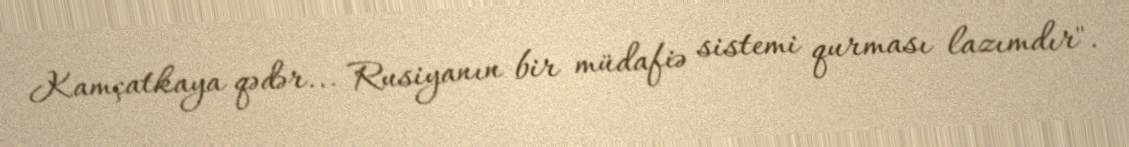
Kamçatkaya qədər... Rusiyanın bir müdafiə sistemi qurması lazımdır".